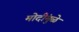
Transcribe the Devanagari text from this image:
मोदींमुळे